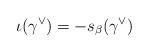
\begin{align*} \iota(\gamma^\vee) = -s_{\beta}(\gamma^\vee) \end{align*}